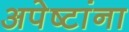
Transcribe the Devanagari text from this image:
अपेष्टांना